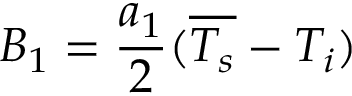
B _ { 1 } = \frac { a _ { 1 } } { 2 } ( \overline { { T _ { s } } } - T _ { i } )